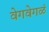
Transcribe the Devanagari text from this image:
वेगवेगळं